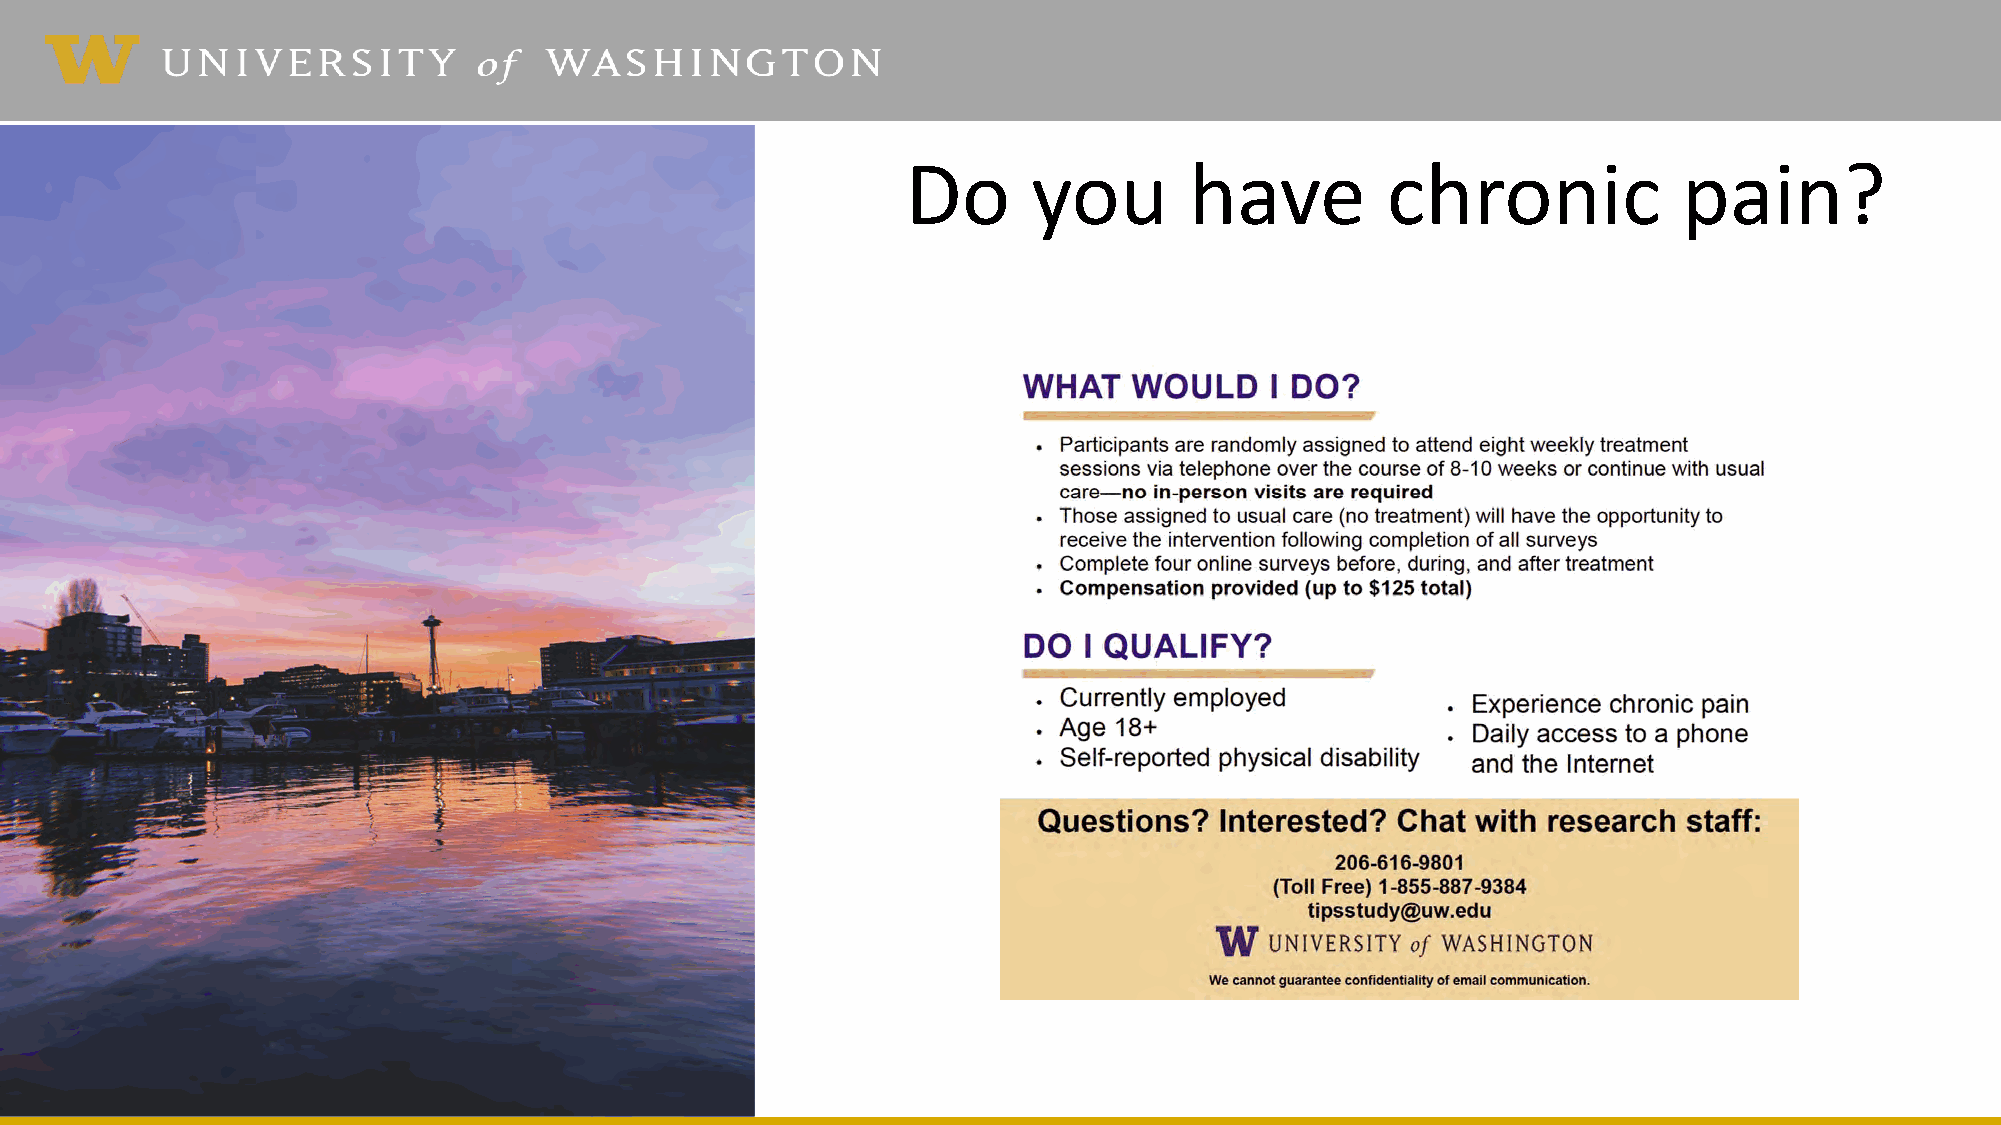
Do      you        have         chronic            pain?